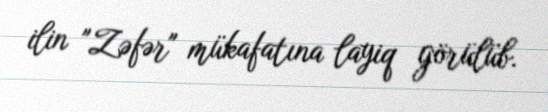
ilin "Zəfər" mükafatına layiq görülüb.